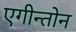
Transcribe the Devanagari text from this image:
एगीन्तोन